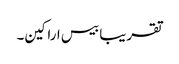
تقریبا بیس اراکین۔